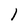
Character: 1